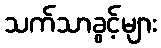
သက်သာခွင့်များ